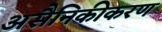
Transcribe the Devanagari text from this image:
असैनिकीकरण